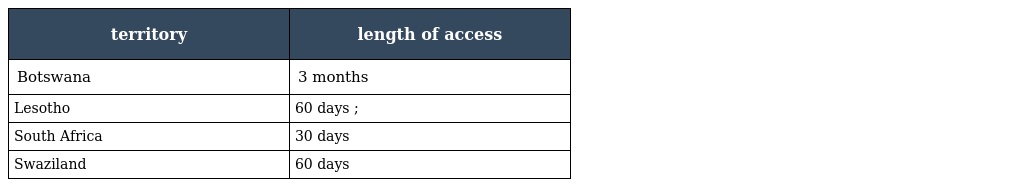
| territory | length of access |
 | --- | --- |
 | Botswana | 3 months |
 | Lesotho | 60 days ; |
 | South Africa | 30 days |
 | Swaziland | 60 days |